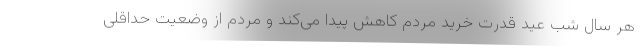
هر سال شب عید قدرت خرید مردم کاهش پیدا می‌کند و مردم از وضعیت حداقلی